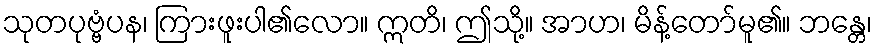
သုတပုဗ္ဗံပန၊ ကြားဖူးပါ၏လော။ ဣတိ၊ ဤသို့။ အာဟ၊ မိန့်တော်မူ၏။ ဘန္တေ၊